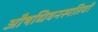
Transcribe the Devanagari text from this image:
औषधिवनस्पतियों